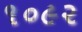
૧૦૯૨